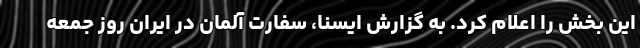
این بخش را اعلام کرد. به گزارش ایسنا، سفارت آلمان در ایران روز جمعه